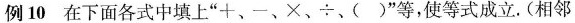
例10在下面各式中填上”+、一、×、÷、()”等，使等式成立。(相邻